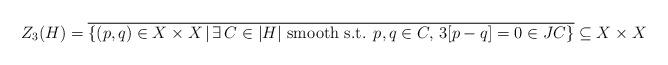
LaTeX: \begin{align*} Z_3(H)= \overline{\{(p,q)\in X\times X\, |\, \exists \, C\in |H| \mbox{ smooth s.t. }p,q\in C, \,3[p-q]=0\in JC\}}\subseteq X\times X \end{align*}